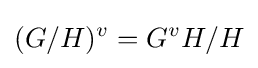
(G/H)^{v}=G^{v}H/H